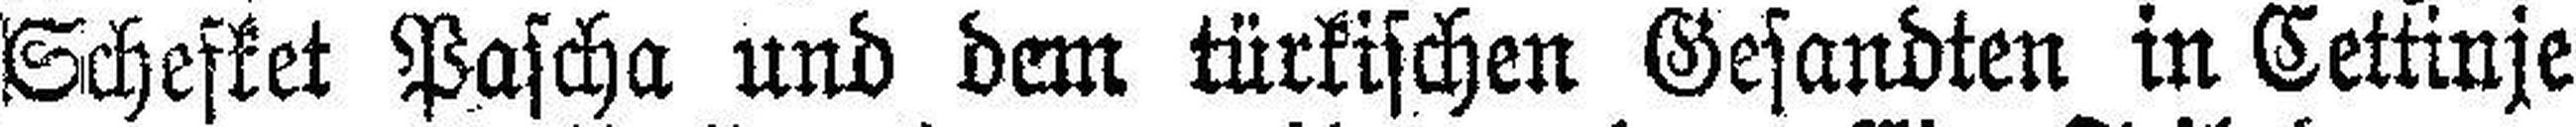
Schefket Pascha und dem türkischen Gesandten in Cettinje